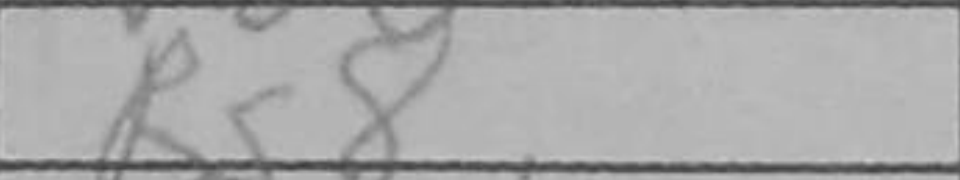
Transcription: Rg8